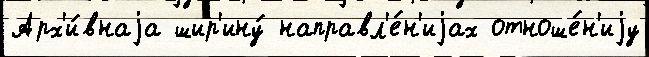
Арх'и́внаjа шир'ину́ направл'е́н'иjах отноше́н'иjу